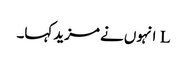
L انہوں نے مزید کہا۔